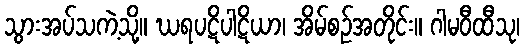
သွားအပ်သကဲ့သို့။ ဃရပဋိပါဋိယာ၊ အိမ်စဉ်အတိုင်း။ ဂါမဝီထီသု၊